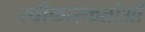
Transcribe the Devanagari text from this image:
स्वीकारकर्ताओं